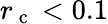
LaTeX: r_{\mathrm{~c~}}<0.1